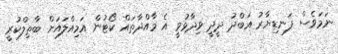
ނަމަވެސް ފަނޑިޔާރު އަބްދު ދީދީ ވިދާޅުވީ އެ މާއްދާތައް ކޯޓުން އަމިއްލައަށް ބާތިލްކުރީ